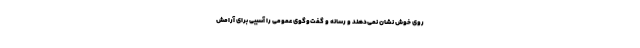
روي خوش نشان نمي‌دهند و رسانه‌ و گفت‌وگوي عمومي را آسيبي براي آرامش